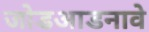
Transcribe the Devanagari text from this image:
जोडआडनावे